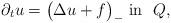
LaTeX: \begin{align*}\partial_t u = \big( \Delta u + f \big)_- \mbox{ in } \ Q,\end{align*}